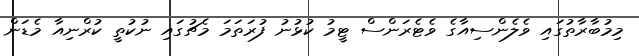
މިމުބާރާތުގައި ވެލެންސިއާގެ ވެޓެރަންސް ޓީމު ކުޅުނު ފުރަތަމަ މެޗުގައި ނުކުތީ ކުރްނިއާ މެޑަން